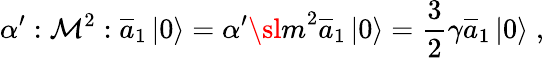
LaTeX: \alpha^{\prime}:{\cal M}^{2}:\overline{{{a}}}_{1}\left|0\right\rangle=\alpha^{\prime}{\sl m}^{2}\overline{{{a}}}_{1}\left|0\right\rangle=\frac 32\gamma\overline{{{a}}}_{1}\left|0\right\rangle\; ,